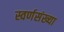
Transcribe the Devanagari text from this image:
स्वर्णसंख्या